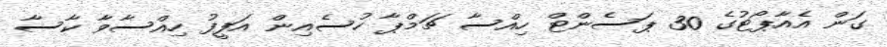
ގަން އެއާޕޯޓުގެ 30 ޕަސެންޓް ހިއްސާ ޗަމްޕާ ހުސެއިން އަފީފު ހިއްސާވާ ކާސާ